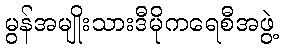
မွန်အမျိုးသားဒီမိုကရေစီအဖွဲ့